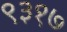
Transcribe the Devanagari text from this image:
९३१७